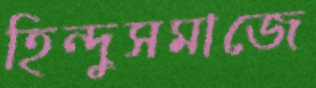
হিন্দুসমাজে